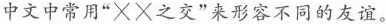
中文中常用”××之交”来形容不同的友谊。